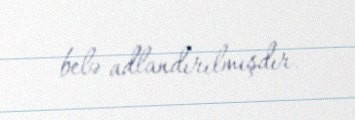
belə adlandırılmışdır.